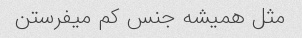
مثل همیشه جنس کم میفرستن